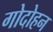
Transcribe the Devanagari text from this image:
गोदोहन